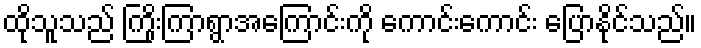
ထိုသူသည် ကြိုးကြာရွာအကြောင်းကို ကောင်းကောင်း ပြောနိုင်သည်။